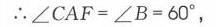
（2）当圆内接四边形\(ABCD\)是矩形时，托勒密定理就是我们非常熟知的一个定理：勾股定理  （此处推测应填勾股定理，按要求仅给出识别文字结果，未做推理）  。